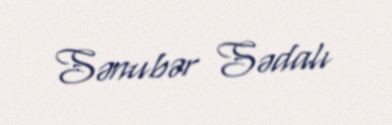
Sənubər Sədalı